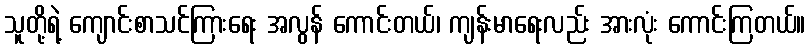
သူတို့ရဲ့ ကျောင်းစာသင်ကြားရေး အလွန် ကောင်းတယ်၊ ကျန်းမာရေးလည်း အားလုံး ကောင်းကြတယ်။